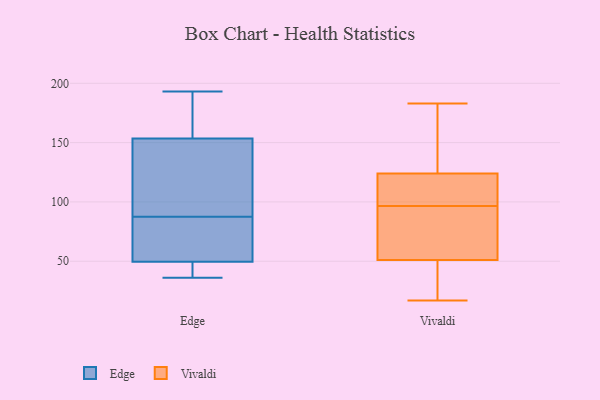
{"axis": {"x": "Net Income (USD K)", "y": "Value"}, "legend": ["Edge", "Vivaldi"], "data": [{"x": "", "y": 193, "type": "Edge"}, {"x": "", "y": 76, "type": "Edge"}, {"x": "", "y": 52, "type": "Edge"}, {"x": "", "y": 152, "type": "Edge"}, {"x": "", "y": 99, "type": "Edge"}, {"x": "", "y": 36, "type": "Edge"}, {"x": "", "y": 155, "type": "Edge"}, {"x": "", "y": 46, "type": "Edge"}, {"x": "", "y": 47, "type": "Edge"}, {"x": "", "y": 173, "type": "Edge"}, {"x": "", "y": 68, "type": "Edge"}, {"x": "", "y": 117, "type": "Edge"}, {"x": "", "y": 101, "type": "Vivaldi"}, {"x": "", "y": 146, "type": "Vivaldi"}, {"x": "", "y": 35, "type": "Vivaldi"}, {"x": "", "y": 102, "type": "Vivaldi"}, {"x": "", "y": 32, "type": "Vivaldi"}, {"x": "", "y": 110, "type": "Vivaldi"}, {"x": "", "y": 138, "type": "Vivaldi"}, {"x": "", "y": 183, "type": "Vivaldi"}, {"x": "", "y": 142, "type": "Vivaldi"}, {"x": "", "y": 56, "type": "Vivaldi"}, {"x": "", "y": 94, "type": "Vivaldi"}, {"x": "", "y": 61, "type": "Vivaldi"}, {"x": "", "y": 46, "type": "Vivaldi"}, {"x": "", "y": 99, "type": "Vivaldi"}, {"x": "", "y": 91, "type": "Vivaldi"}, {"x": "", "y": 17, "type": "Vivaldi"}]}